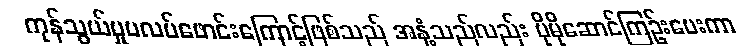
ကုန်သွယ်မှုပလပ်ဖောင်းကြောင့်ဖြစ်သည် အနံ့သည်လည်း ပိုမိုဆောင်ကြဉ်းပေးကာ